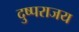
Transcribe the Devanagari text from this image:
दु्ष्पराजय